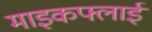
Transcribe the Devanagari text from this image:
माइकफ्लाई